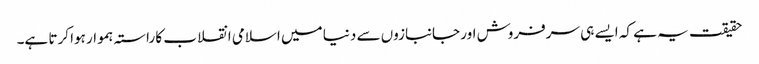
حقیقت یہ ہے کہ ایسے ہی سرفروش اور جانبازوں سے دنیا میں اسلامی انقلاب کا راستہ ہموار ہوا کرتا ہے۔